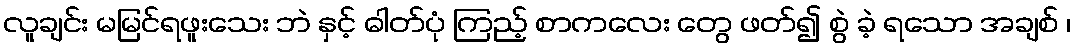
လူချင်း မမြင်ရဖူးသေး ဘဲ နှင့် ဓါတ်ပုံ ကြည့် စာကလေး တွေ ဖတ်၍ စွဲ ခဲ့ ရသော အချစ် ၊